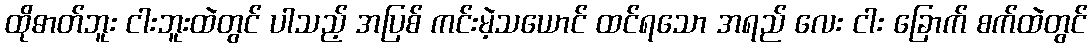
ထိုဓာတ်ဘူး ငါးဘူးထဲတွင် ပါသည့် အပြစ် ကင်းမဲ့သယောင် ထင်ရသော အရည် လေး ငါး ခြောက် စက်ထဲတွင်